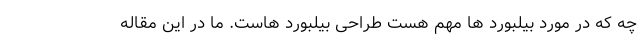
چه که در مورد بیلبورد ها مهم هست طراحی بیلبورد هاست. ما در این مقاله